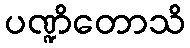
ပဏ္ဍိတောသိ